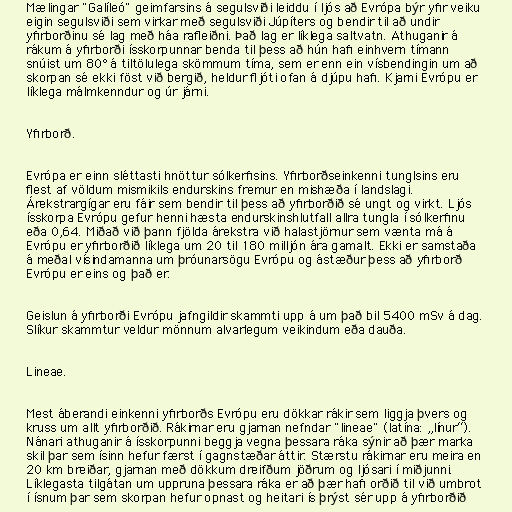
Mælingar "Galíleó" geimfarsins á segulsviði leiddu í ljós að Evrópa býr yfir veiku
eigin segulsviði sem virkar með segulsviði Júpíters og bendir til að undir
yfirborðinu sé lag með háa rafleiðni. Það lag er líklega saltvatn. Athuganir á
rákum á yfirborði ísskorpunnar benda til þess að hún hafi einhvern tímann
snúist um 80° á tiltölulega skömmum tíma, sem er enn ein vísbendingin um að
skorpan sé ekki föst við bergið, heldur fljóti ofan á djúpu hafi. Kjarni Evrópu er
líklega málmkenndur og úr járni.

Yfirborð.

Evrópa er einn sléttasti hnöttur sólkerfisins. Yfirborðseinkenni tunglsins eru
flest af völdum mismikils endurskins fremur en mishæða í landslagi.
Árekstrargígar eru fáir sem bendir til þess að yfirborðið sé ungt og virkt. Ljós
ísskorpa Evrópu gefur henni hæsta endurskinshlutfall allra tungla í sólkerfinu
eða 0,64. Miðað við þann fjölda árekstra við halastjörnur sem vænta má á
Evrópu er yfirborðið líklega um 20 til 180 milljón ára gamalt. Ekki er samstaða
á meðal vísindamanna um þróunarsögu Evrópu og ástæður þess að yfirborð
Evrópu er eins og það er.

Geislun á yfirborði Evrópu jafngildir skammti upp á um það bil 5400 mSv á dag.
Slíkur skammtur veldur mönnum alvarlegum veikindum eða dauða.

Lineae.

Mest áberandi einkenni yfirborðs Evrópu eru dökkar rákir sem liggja þvers og
kruss um allt yfirborðið. Rákirnar eru gjarnan nefndar "lineae" (latína: „línur“).
Nánari athuganir á ísskorpunni beggja vegna þessara ráka sýnir að þær marka
skil þar sem ísinn hefur færst í gagnstæðar áttir. Stærstu rákirnar eru meira en
20 km breiðar, gjarnan með dökkum dreifðum jöðrum og ljósari í miðjunni.
Líklegasta tilgátan um uppruna þessara ráka er að þær hafi orðið til við umbrot
í ísnum þar sem skorpan hefur opnast og heitari ís þrýst sér upp á yfirborðið